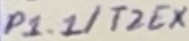
Text: P1.1/T2EX